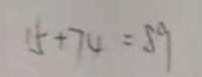
1 5 + 7 4 = 8 9